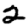
Digit: 2